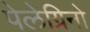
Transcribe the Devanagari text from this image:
पेलेग्रिनो